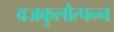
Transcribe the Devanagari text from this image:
वज्रकुलोत्पन्न